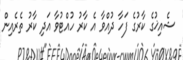
ޝެއިޚުގެ ކާރުގެ ފަހާ ދުއްވާ އެ ކާރު ހުއްޓުވާ އަދި ކާރު ތެރެއިން